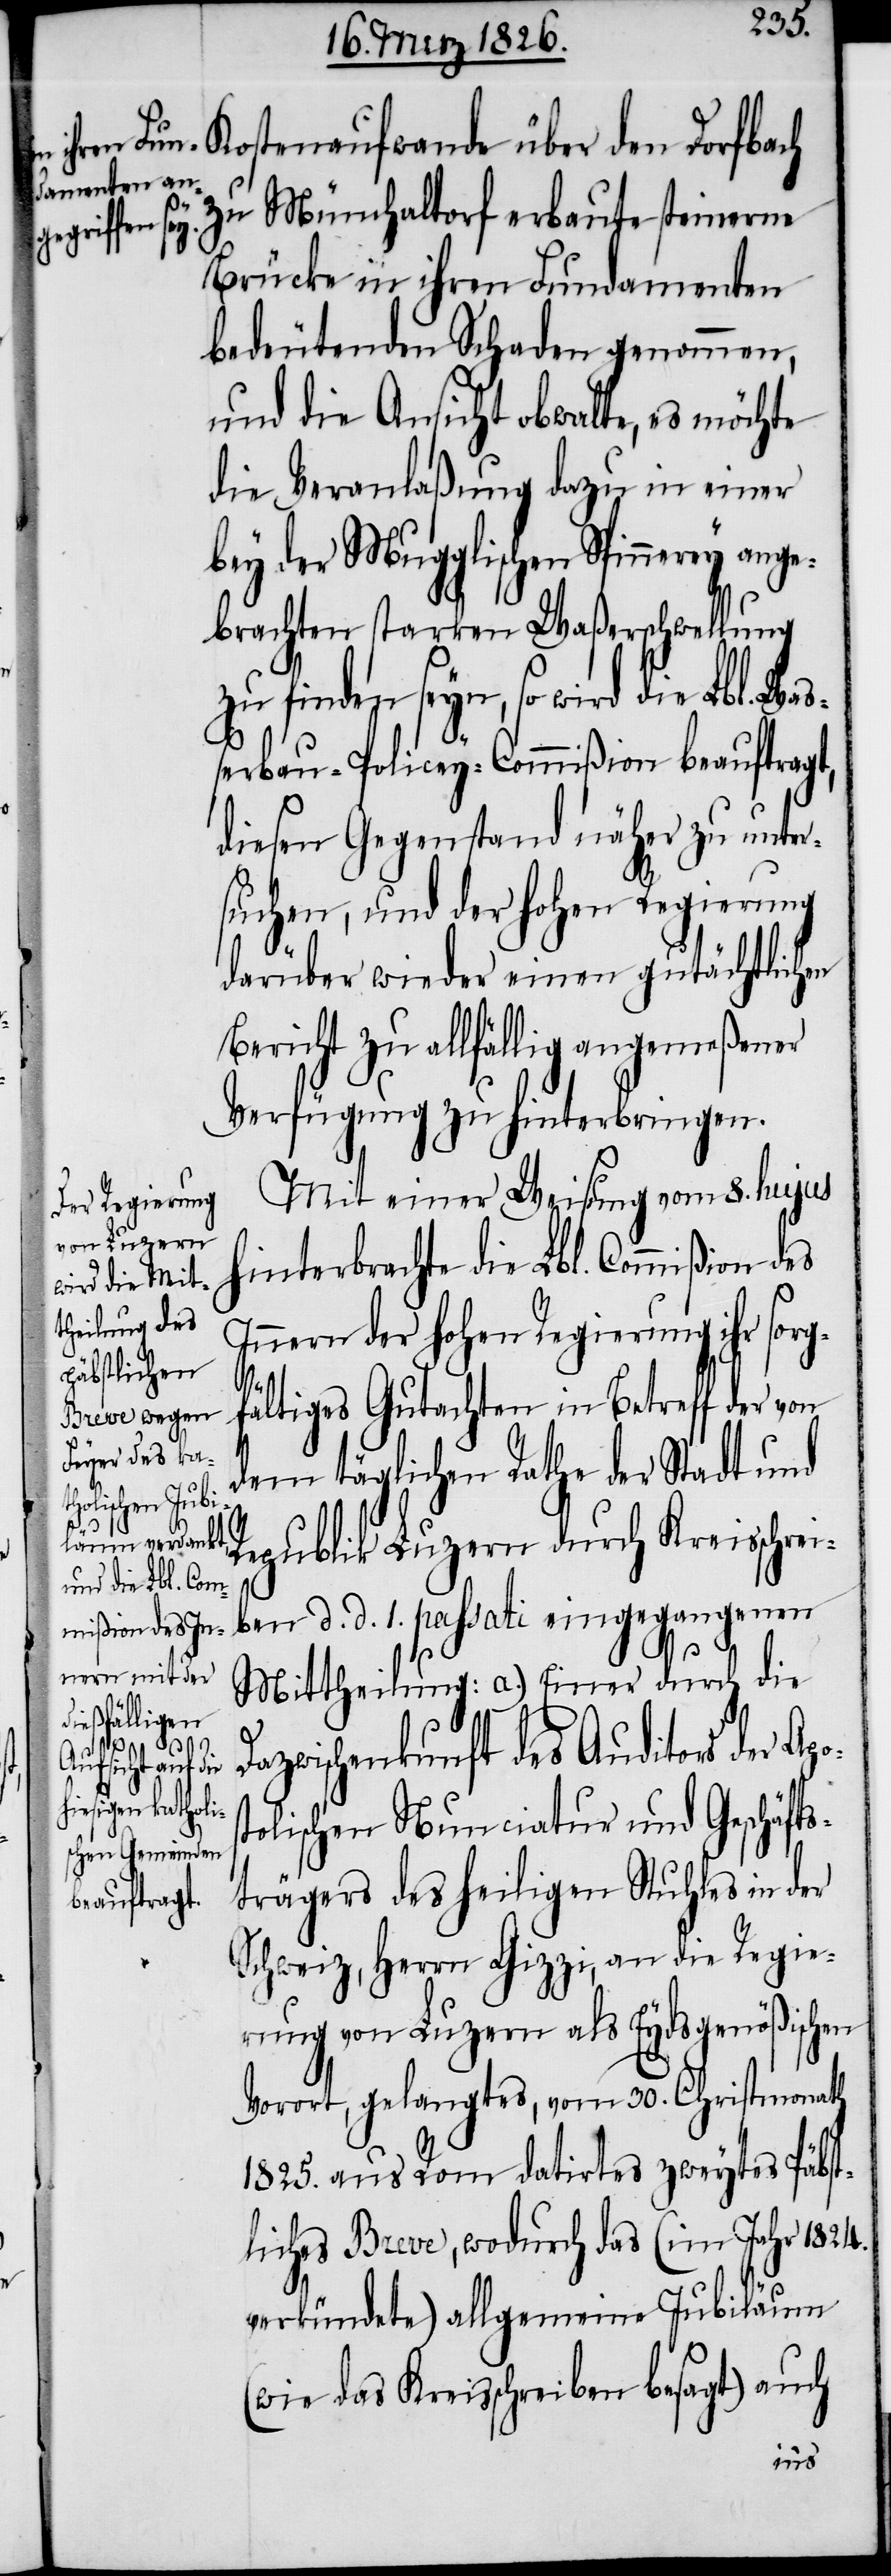
Kostenaufwande über den Dorfbach
zu Münchaltorf erbaute steinerne
Brücke in ihren Fundamenten
bedeutenden Schaden genommen,
und die Ansicht obwalte, es möchte
die Veranlaßung dazu in einer
bey der Mugglischen Spinnerey ange¬
brachten starken Waßerschwellung
zu finden seyn, so wird die Lbl. Waß¬
erbau-Policey-Commißion beauftragt,
diesen Gegenstand näher zu unter¬
suchen, und der hohen Regierung
darüber wieder einen gutächtlichen
Bericht zu allfällig angemeßener
Verfügung zu hinterbringen.
Mit einer Weisung vom 8. hujus
hinterbrachte die Lbl. Commißion des
Innern der hohen Regierung ihr sorg¬
sto¬
fältiges Gutachten in Betreff der von
dem täglichen Rathe der Stadt und
Republik Luzern durch Kreisschrei¬
ben d. d. 1. passati eingegangenen
Mittheilung: A.) Einer durch die
Dazwischenkunft des Auditors der Apo¬
lischen Nunciatur und Geschäfts¬
trägers des heiligen Stuhles in der
Schweiz, Herrn Gizzi, an die Regie¬
rung von Luzern als Eydsgenößischen
Vorort, gelangtes, vom 30. Christmonath
1825. aus Rom datirtes zweytes Päbst¬
liches Breve, wodurch das (im Jahr 1824.
verkündete) allgemeine Jubiläum
(wie das Kreisschreiben besagt) auch